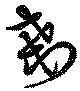
剗